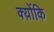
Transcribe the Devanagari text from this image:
क्य़ोंकि